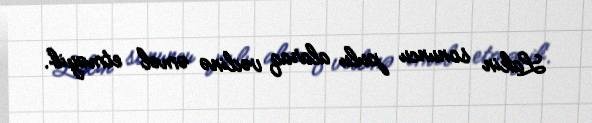
Lakin sonuncu pulu alaraq vədinə əməl etməyib.